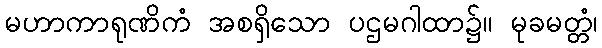
မဟာကာရုဏိကံ အစရှိသော ပဌမဂါထာ၌။ မုခမတ္တံ၊